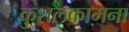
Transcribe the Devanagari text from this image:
कुशलकामना